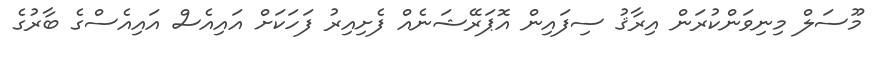
މޫސަލް މިނިވަންކުރަން އިރާޤު ސިފައިން އޮޕަރޭޝަނެއް ފެށިއިރު ފަހަކަށް އައިއެސް އައިއެސްގެ ބާރުގެ